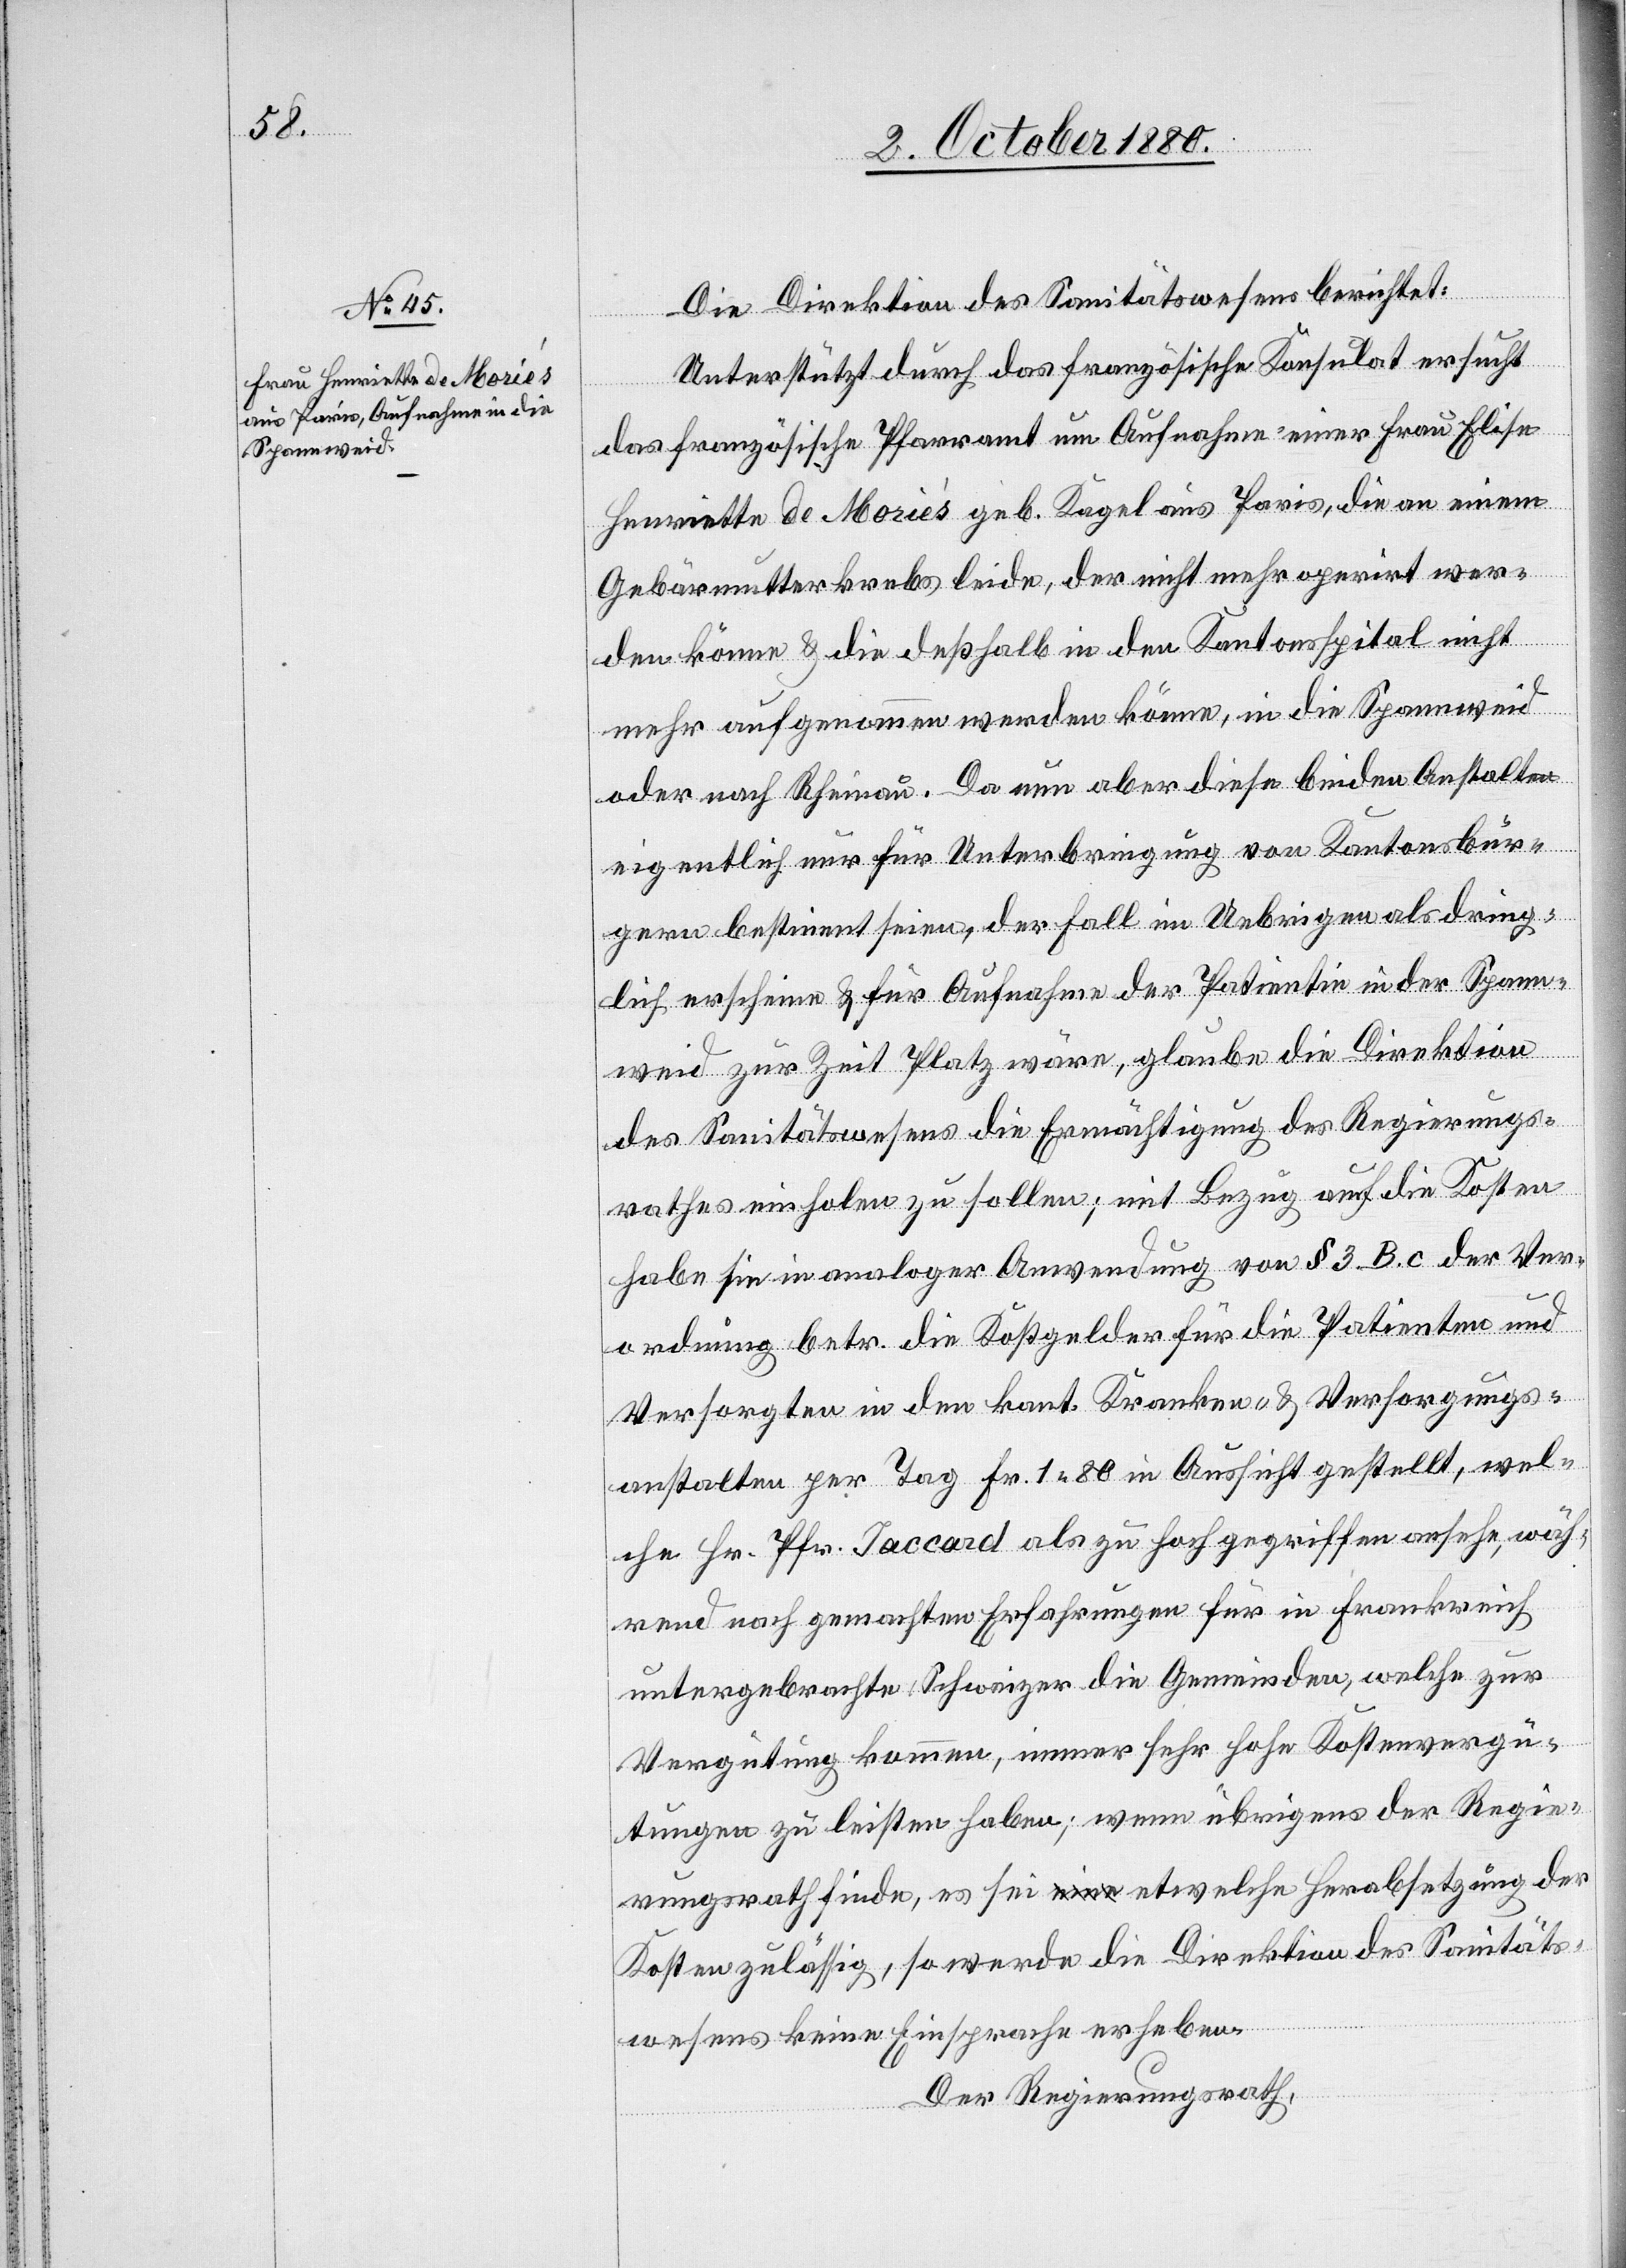
8. October 1880.]
Die Direktion des Sanitätswesens berichtet:
Unterstützt durch das französische Konsulat ersucht
das französische Pfarramt um Aufnahme einer Frau Elise
Henriette de Moriés geb. Kagel aus Paris, die an einem
Gebärmutterkrebs leide, der nicht mehr operirt wer¬
den könne & die deßhalb in den Kantonsspital nicht
mehr aufgenommen werden könne, in die Spannweid
oder nach Rheinau. Da nun aber diese beiden Anstalten
eigentlich nur für Unterbringung von Kantonsbür¬
gern bestimmt seien, der Fall im Uebrigen als dring¬
lich erscheine & Aufnahme der Patientin in der Spann¬
weid zur Zeit Platz wäre, glaube die Direktion
des Sanitätswesens die Ermächtigung des Regierungs¬
rathes einholen zu sollen; mit Bezug auf die Kosten
habe sie in analoger Anwendung von § 3 B. c der Ver¬
ordnung betr. die Kostgelber für die Patienten und
Versorgten in den kant. Kranken- & Versorgungs¬
anstalten per Tag Fr. 1 80 in Aussicht gestellt, wel¬
che Hr. Pfr. Jaccard als zu hoch gegriffen ansehe, wäh¬
rend nach gemachten Erfahrungen für in Frankreich
untergebrachte Schweizer die Gemeinden, welche zur
Vergütung kommen, immer sehr hohe Kostenvergü¬
tungen zu leisten haben; wenn übrigens der Regie¬
rungsrath finde, es sei etwelche Herabsetzung der
Kosten zulässig, so werde die Direktion des Sanitäts¬
wesens keine Einsprache erheben.
Der Regierungsrath,